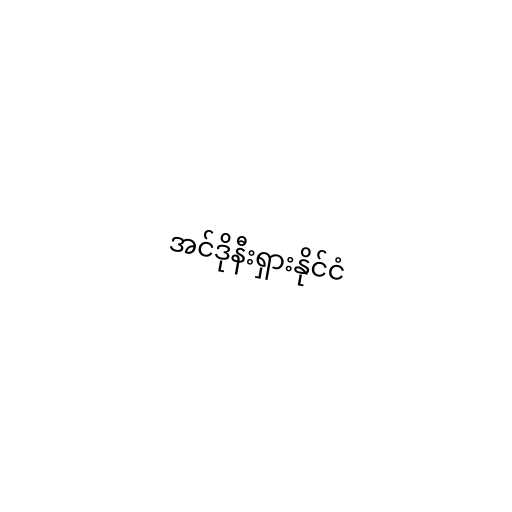
အင်ဒိုနီးရှားနိုင်ငံ